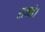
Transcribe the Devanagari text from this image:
रानडे।